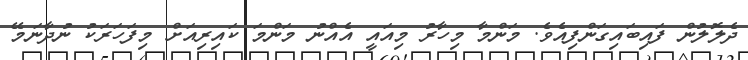
ދެލޮލުން ފައިބައިގަންފިއެވެ. މަންމާ މިހާރު މިއައީ އެއްނު މަންމަ ކައިރިއަށް މިފަހަރަކު ނުދާނަމޭ